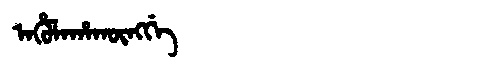
Manchu: ᠠᡥᡠᠯᠠᡥᠠᡴᡡᠩᡤᡝ
Romanization: AHULAHAKŪNGGE